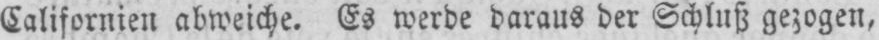
Californien abweiche. Es werde daraus der Schluß gezogen,